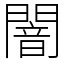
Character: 闇